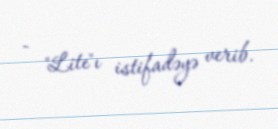
- "Lite"ı istifadəyə verib.